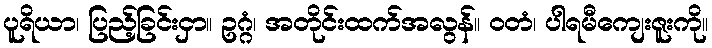
ပူရိယာ၊ ပြည့်ခြင်းငှာ။ ဥဂ္ဂံ၊ အတိုင်းထက်အလွန်။ ဝတံ၊ ပါရမီကျေးဇူးကို။